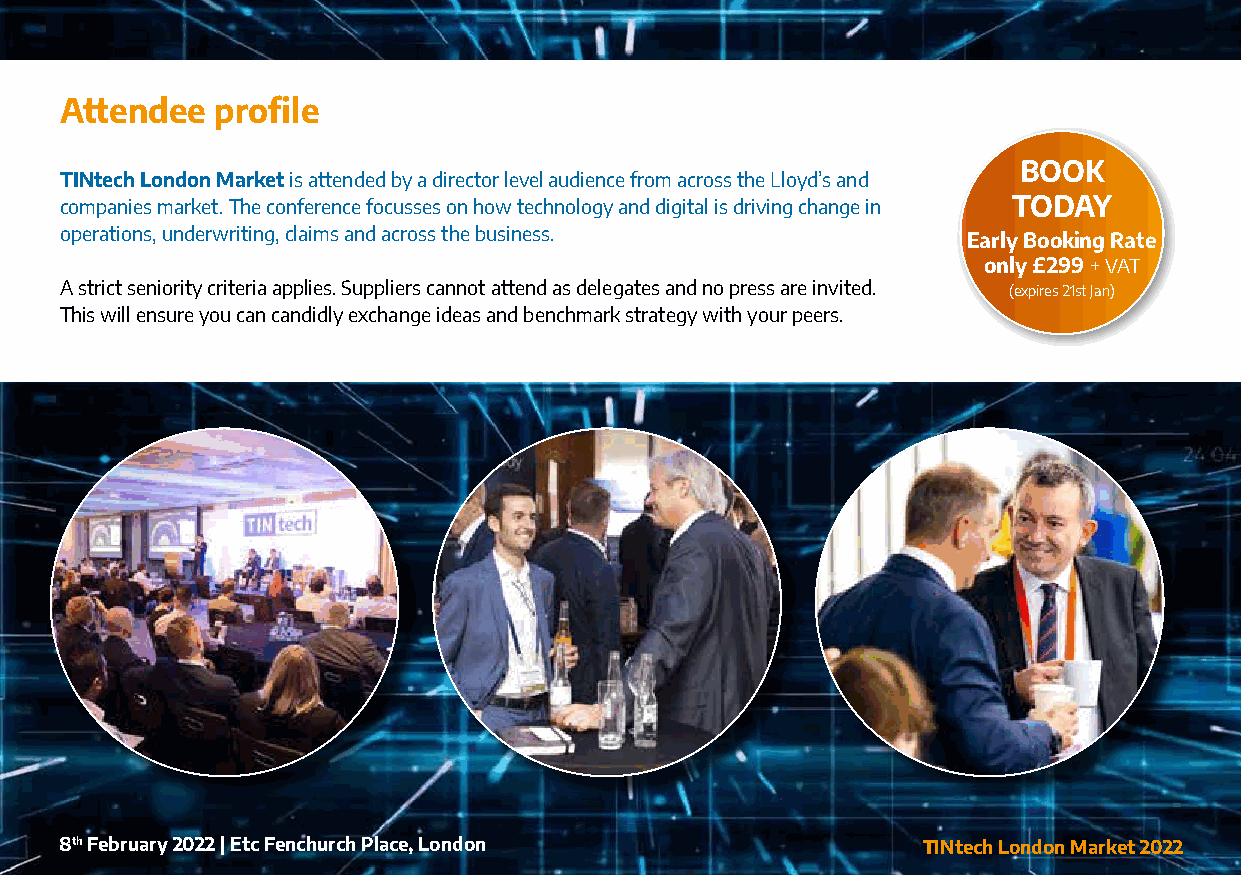
Attendee  profile
 BOOK
 TINtech London Market is attended by a director level audience from across the Lloyd’s and
 companies market. The conference focusses on how technology and digital is driving change in TODAY
 operations, underwriting, claims and across the business.   Early Booking Rate
 only £299 + VAT
 A strict seniority criteria applies. Suppliers cannot attend as delegates and no press are invited. (expires 21st Jan)
 This will ensure you can candidly exchange ideas and benchmark strategy with your peers.
 8th February 2022 | Etc Fenchurch Place, London          TINtech London Market 2022